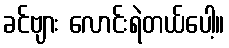
ခင်ဗျား လောင်းရဲတယ်ပေါ့။